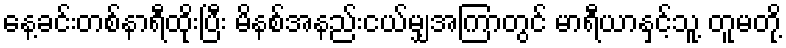
နေ့ခင်းတစ်နာရီထိုးပြီး မိနစ်အနည်းငယ်မျှအကြာတွင် မာရီယာနှင့်သူ့ တူမတို့